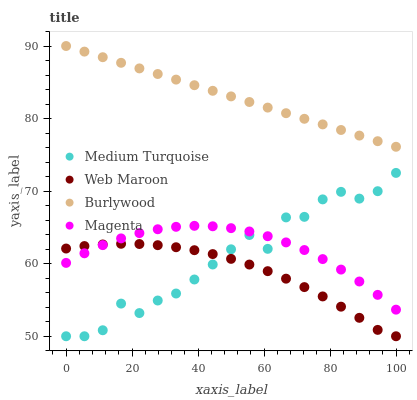
| xaxis_label | Medium Turquoise | Web Maroon | Burlywood | Magenta |
 | --- | --- | --- | --- | --- |
 | 0 | 50 | 62.1 | 90 | 60.1 |
 | 5.56 | 50 | 62.4 | 89.2 | 61.4 |
 | 11.1 | 50.8 | 62.7 | 88.5 | 62.6 |
 | 16.7 | 54.5 | 62.7 | 87.7 | 63.5 |
 | 22.2 | 53.2 | 62.7 | 86.9 | 64.2 |
 | 27.8 | 54.9 | 62.6 | 86.1 | 64.7 |
 | 33.3 | 55.9 | 62.3 | 85.4 | 65.1 |
 | 38.9 | 57.8 | 61.9 | 84.6 | 65.2 |
 | 44.4 | 59.9 | 61.3 | 83.8 | 65.2 |
 | 50 | 62 | 60.7 | 83.1 | 64.9 |
 | 55.6 | 64 | 59.9 | 82.3 | 64.4 |
 | 61.1 | 62 | 59 | 81.5 | 63.8 |
 | 66.7 | 66.4 | 57.9 | 80.7 | 62.9 |
 | 72.2 | 66.5 | 56.8 | 80 | 61.9 |
 | 77.8 | 68.9 | 55.5 | 79.2 | 60.6 |
 | 83.3 | 69.9 | 54.1 | 78.4 | 59.2 |
 | 88.9 | 69 | 52.5 | 77.7 | 57.5 |
 | 94.4 | 70 | 50.9 | 76.9 | 55.7 |
 | 100 | 72.5 | 50 | 76.1 | 53.7 |